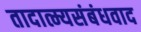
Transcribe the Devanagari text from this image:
तादात्म्यसंबंधवाद